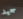
جيد